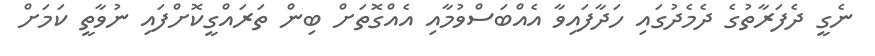
ނެގީ ދެފަރާތުގެ ދެމެދުގައި ހަދާފައިވާ އެއްބަސްވުމާއި އެއްގޮތަށް ބިން ތަރައްގީކޮށްފައި ނުވާތީ ކަމަށް